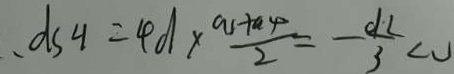
d s y = 4 d \times \frac { a _ { 1 } + a _ { 4 } } { d \cdot 2 } = - \frac { d \cdot 2 } { 3 } < 0